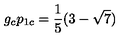
g _ { c } p _ { 1 c } = \frac { 1 } { 5 } ( { 3 - \sqrt { 7 } } )